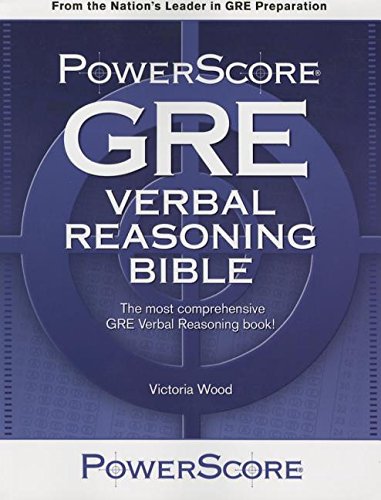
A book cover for The PowerScore GRE Verbal Reasoning Bible; Victoria Wood; Test Preparation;